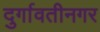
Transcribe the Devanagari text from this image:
दुर्गावतीनगर